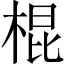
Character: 棍